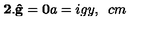
\mathbf { 2 . \hat { g } = 0 } a = i g y , \hspace { 5 c m }